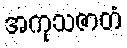
အကုသဇာတံ